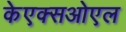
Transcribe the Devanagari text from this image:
केएक्सओएल